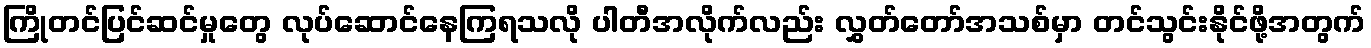
ကြိုတင်ပြင်ဆင်မှုတွေ လုပ်ဆောင်နေကြရသလို ပါတီအလိုက်လည်း လွှတ်တော်အသစ်မှာ တင်သွင်းနိုင်ဖို့အတွက်